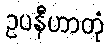
ဥပနီဟာတုံ